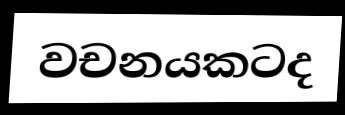
වචනයකටද